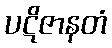
ပဋိဇာနတံ